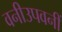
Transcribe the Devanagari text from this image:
वनीउपवनीं